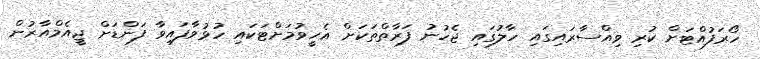
ހޯރަފުއްޓަށް ކުރި ވިއްސާރައިގައި ހާލުގައި ޖެހުނު ފަރާތްތަކަށް އެހީވުމަށްޓަކައި ހުޅުވާފައިވާ ފަންޑަށް ޖީއެމްއާރުން